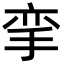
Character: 挛